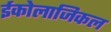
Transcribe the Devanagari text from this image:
ईकोलाजिकल